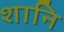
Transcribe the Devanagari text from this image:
शानि